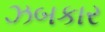
ઝબકાર